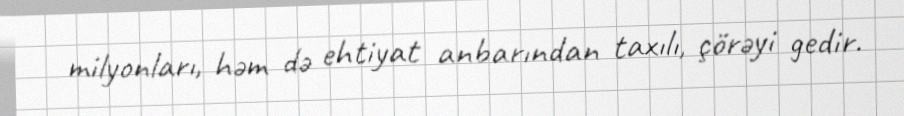
milyonları, həm də ehtiyat anbarından taxılı, çörəyi gedir.